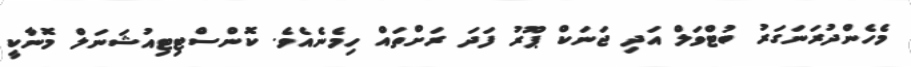
މެހެންދުރަނަގަރު ބުޓްވަލް އަދި ޖަނަކް ޕޫރު ފަދަ ރަށްތައް ހިމެނެއެވެ. ކޮންސްޓިޓިއުޝަނަލް މޮނާކީ